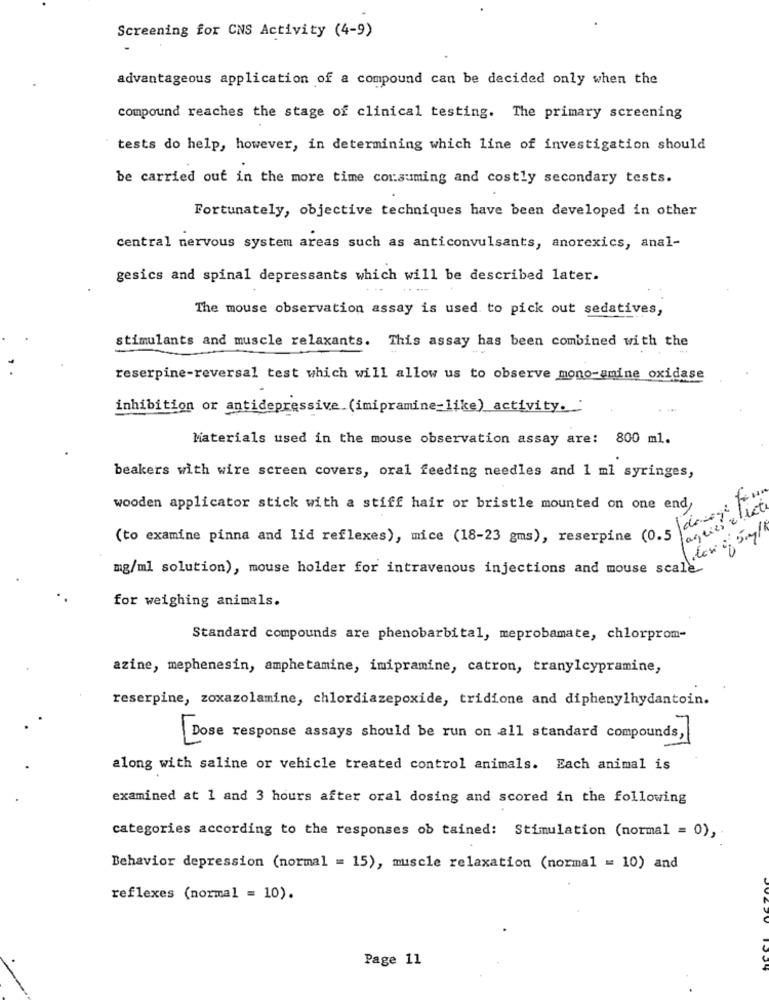
Screening for CNS Activity (4-9)
advantageous application of a compound can be decided only when the
compound reaches the stage of clinical testing. The primary screening
` tests do help, however, in determining which line of investigation should
be carried out in the more time consuming and costly secondary tests.
Fortunately, objective techniques have been developed in other
central nervous system areas such as anticonvulsants, anorexics, anal-
gesics and spinal depressants which will be described later.
The mouse observation assay is used to pick out sedatives,
stimulants and muscle relaxants. This assay has been combined with the
reserpine-reversal test which will allow us to observe mono-amine oxidase
inhibition or antidepressive (imipramine-like) activity.
Materials used in the mouse observation assay are: 800 ml.
beakers with wire screen covers, oral feeding needles and 1 ml syringes,
wooden applicator stick with a stiff hair or bristle mounted on one end,
agries allet
(to examine pinna and lid reflexes), mice (18-23 gms), reserpine (0.5
mg/ml solution), mouse holder for intravenous injections and mouse scale
for weighing animals.
Standard compounds are phenobarbital, meprobamate, chlorprom-
azine, mephenesin, amphetamine, imipramine, catron, tranylcypramine,
reserpine, zoxazolamine, chlordiazepoxide, tridione and diphenylhydantoin.
Dose response assays should be run on all standard compounds,
along with saline or vehicle treated control animals. Each animal is
examined at 1 and 3 hours after oral dosing and scored in the following
categories according to the responses ob tained: Stimulation (normal = 0),
Behavior depression (normal = 15), muscle relaxation (normal = 10) and
reflexes (normal = 10).
Page 11